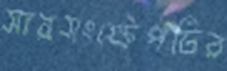
সারসংক্ষেপটির